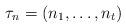
LaTeX: \begin{align*}\tau_n=(n_1,\dots,n_t)\end{align*}